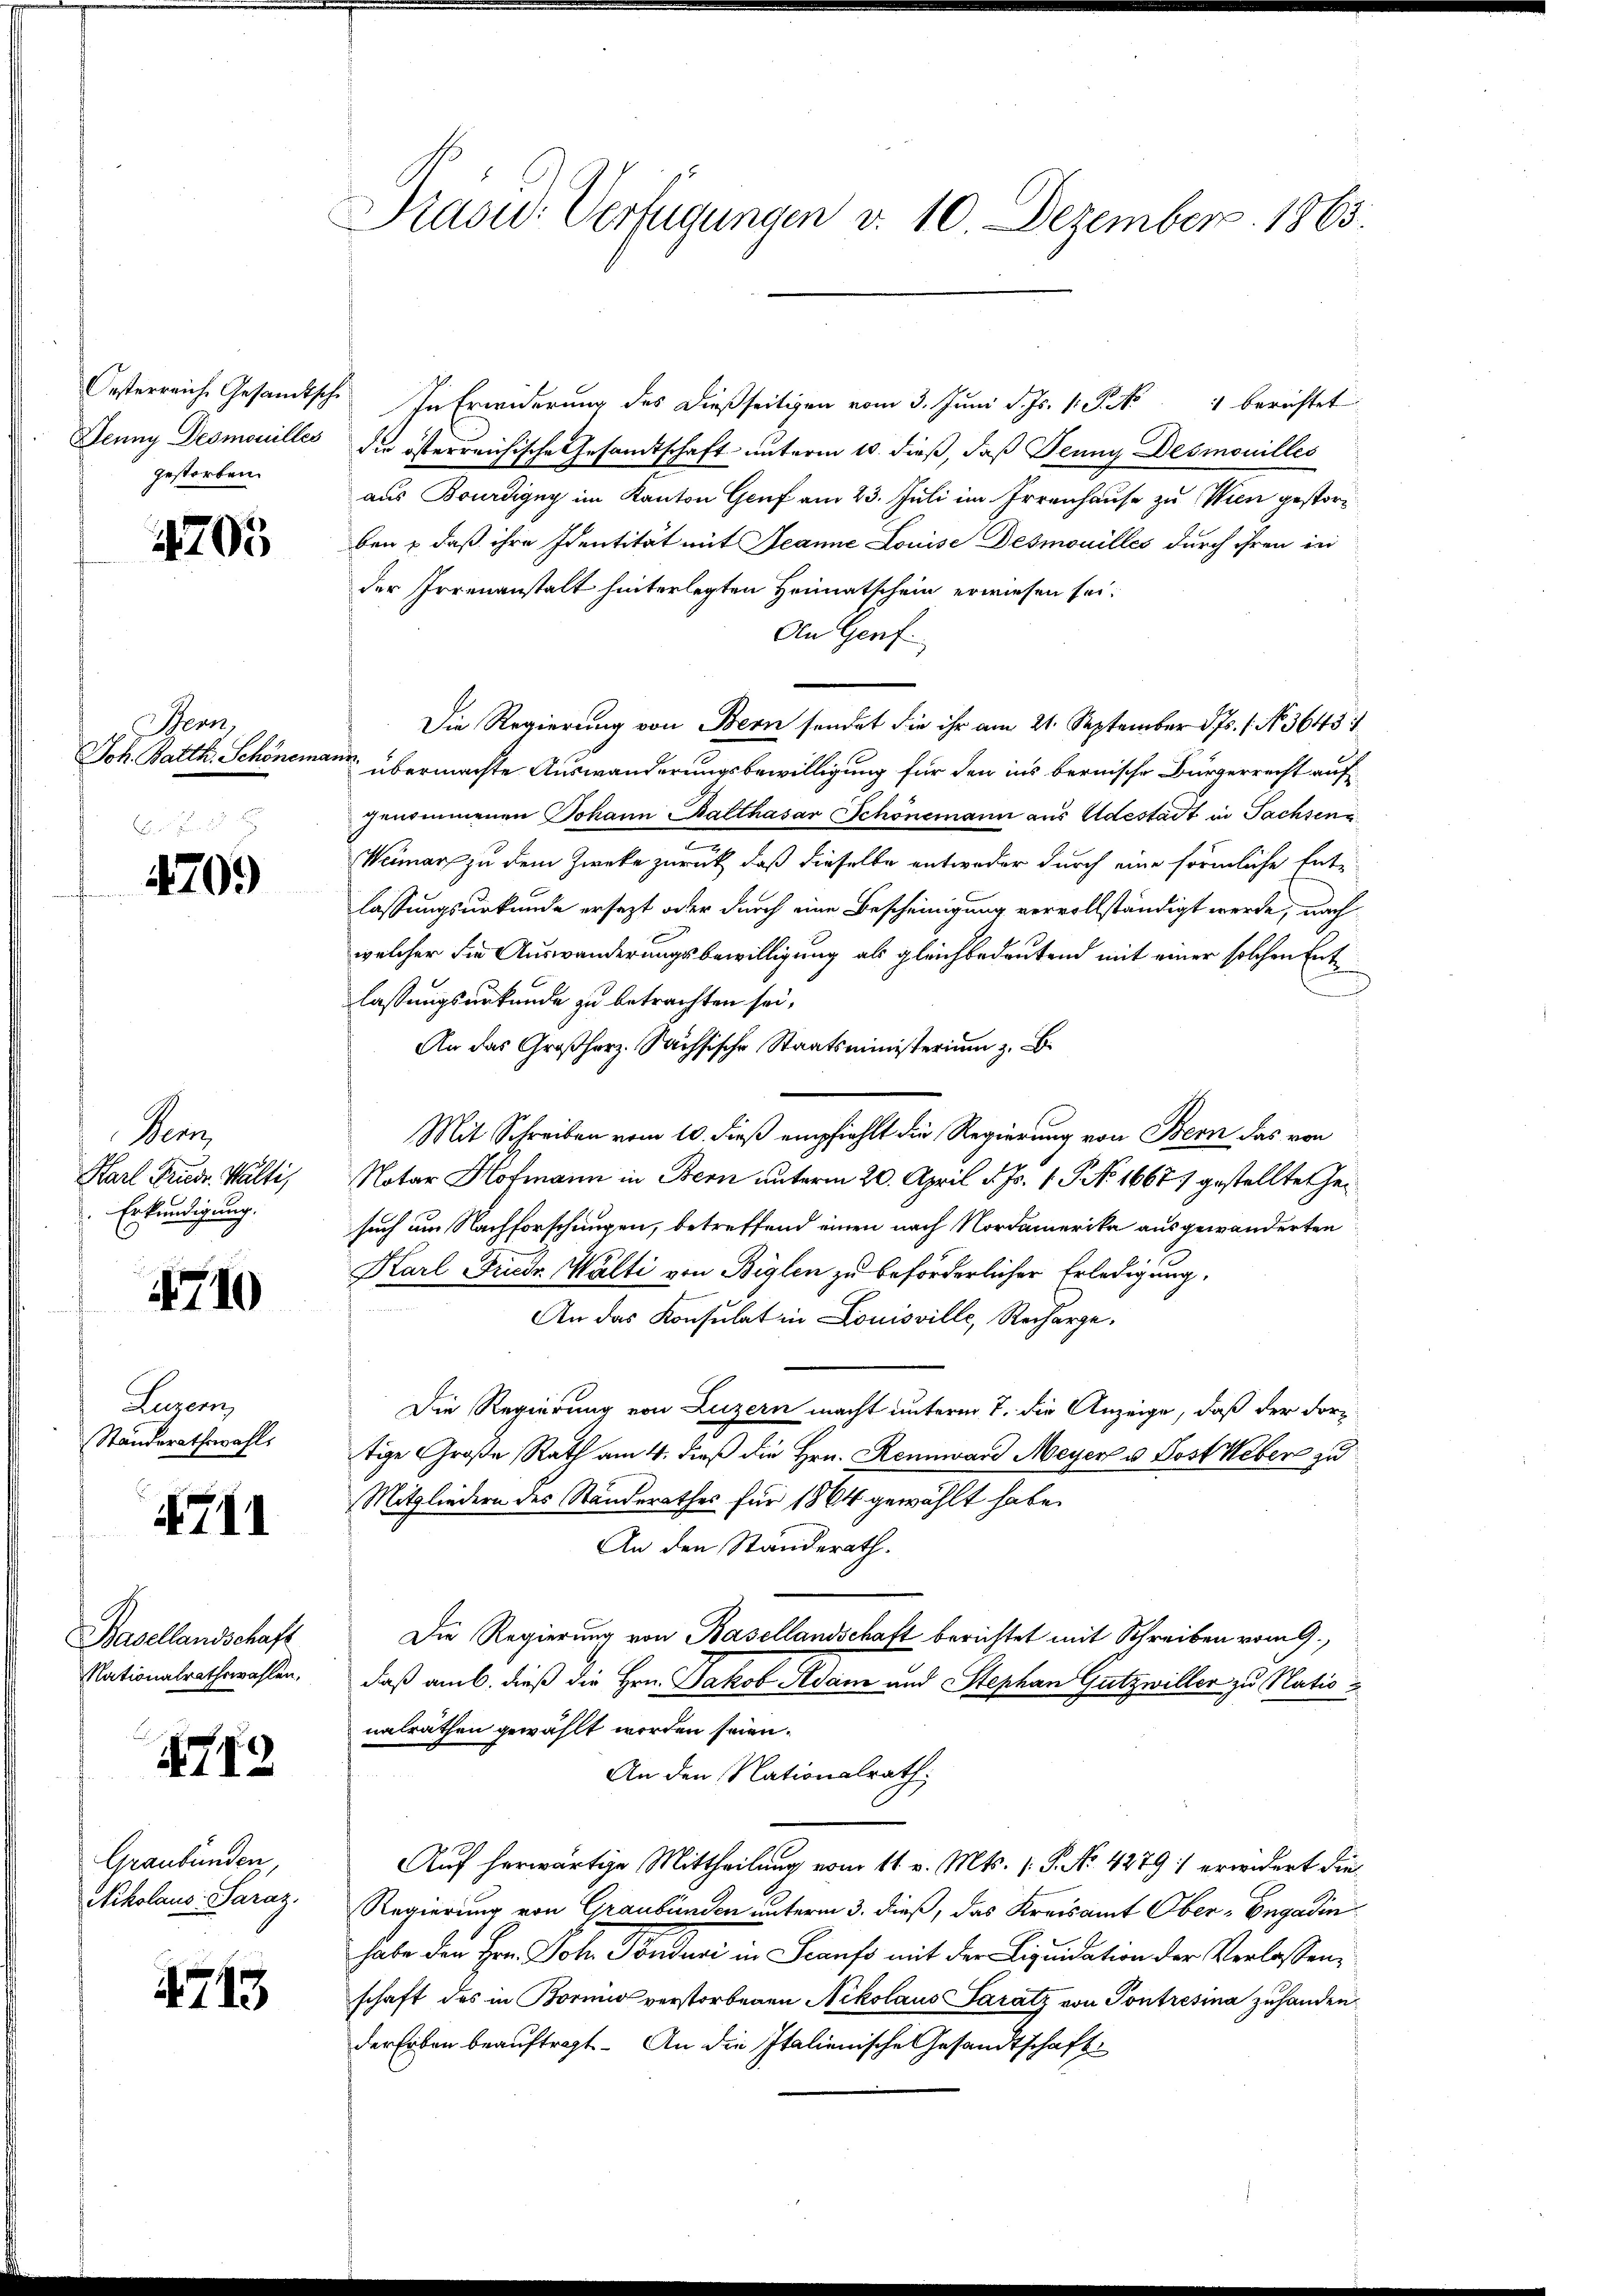
Oesterreiche Gesandtsche
Jenny Desmouilles
gestorben.

4705

Bern,
Joh. Balth. Schönem

4709)

Nenn
Karl Friedr. Welti,
Erkundigung.

4710

Luzern,
Ständerathswahl.

711

Basellandschaft
Nationalrathswahlen.

14712.

Graubünden
Nikolaus- Saraz.

715.

Piasw. Verfügungen v. 10 Dezember 1865.

In Erinderung des dießseitigen vom 3. Juni d. Js. 1. P. Nr. 4 berichtet
die österreichische Gesandtschaft unterm 10. dieß, daß Jenny Desmouilles
aus Bourdigny im Kanton Genf am 23. Juli im Irrenhause zu Wien gestorben & daß ihre Identität mit Jeanne Louise Desmouilles durch ihren in
der Irrenanstalt hinterlegten Heimatschein erwiesen sei.
An Genf.
Die Regierung von Bern sendet die ihr am 21. September ds. 1. No. 3645
241
übermachte Auswanderungsbewilligung für den ins bernische Bürgerrecht auf
genommenen Johann Balthasar Schönemann aus Adestadt in Pachsene
m
Weimar zu dem Zwecke zurück, daß dieselbe entweder durch eine förmliche Ent-
lassungsurkunde ersezt oder durch eine Bescheinigung vervollständigt werde, nach
welcher die Auswanderungsbewilligung als gleichbedeutend mit einer solchen Ent
e
lassungsurkunde zu betrachten sei,
An das Großherz. Sachsische Staatsministerium z.
Mit Schreiben vom 10. dieß empfiehlt die Regierung von Bern das von
Notar Hofmann in Bern unterm 20. April d. Js. 1. No 1667) gestellte Gesuch um Nachforschungen, betreffend einen nach Nordamerika ausgewanderten
Karl Friedr. Walti von Biglen zu beförderlicher Erledigung.
An das Konsulat in Louisville, Recharge.
Die Regierung von Luzern macht unterm 7. die Anzeige, daß der Fortige Große Rath am 4. dieß die Hrn. Rennward Meyer u. Post Weber zu
Mitgliedern des Standerathes für 1864 gewählt habe.
An den Standerath.
Die Regierung von Basellandschaft berichtet mit Schreiben vom 9.
daß am 6. dieß die Hrn. Jakob Adam und Stephan Gutzwiller zu Nationalräthen gewählt worden seien.
An den Nationalrath
Auf herwärtige Mittheilung vom 11 v. Mts. (T. No. 4279: erwidert die
Regierung von Graubünden unterm 3. dieß, das Kreisamt Ober-Engadin
habe den Hrn. Joh. Töndur in Scans mit der Liquidation der Verlassen,
schaft des in Borno verstorbenen Nikolaus Saratz von Pontrésina zuhanden
der Erben beauftragt. An die Italienische Gesandtschaft